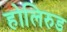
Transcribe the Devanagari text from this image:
होलिरुड